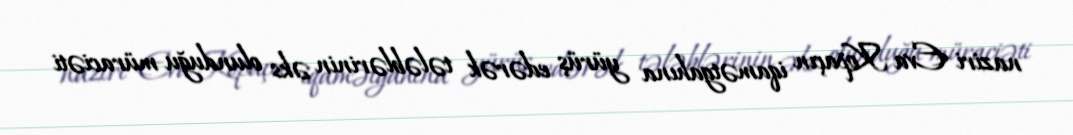
naziri Eva Kopaçın iqamətgahına yürüş edərək tələblərinin əks olunduğu müraciəti